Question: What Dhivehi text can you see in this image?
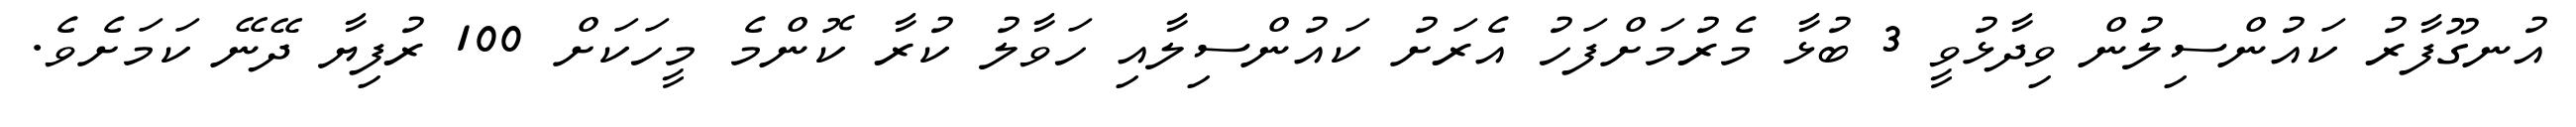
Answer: އުނގޫފާރު ކައުންސިލުން ވިދާޅުވީ 3 ބުޅާ މެރުމަށްފަހު އެރަށު ކައުންސިލާއި ހަވާލު ކުރާ ކޮންމެ މީހަކަށް 100 ރުފިޔާ ދޭނޭ ކަމަށެވެ.